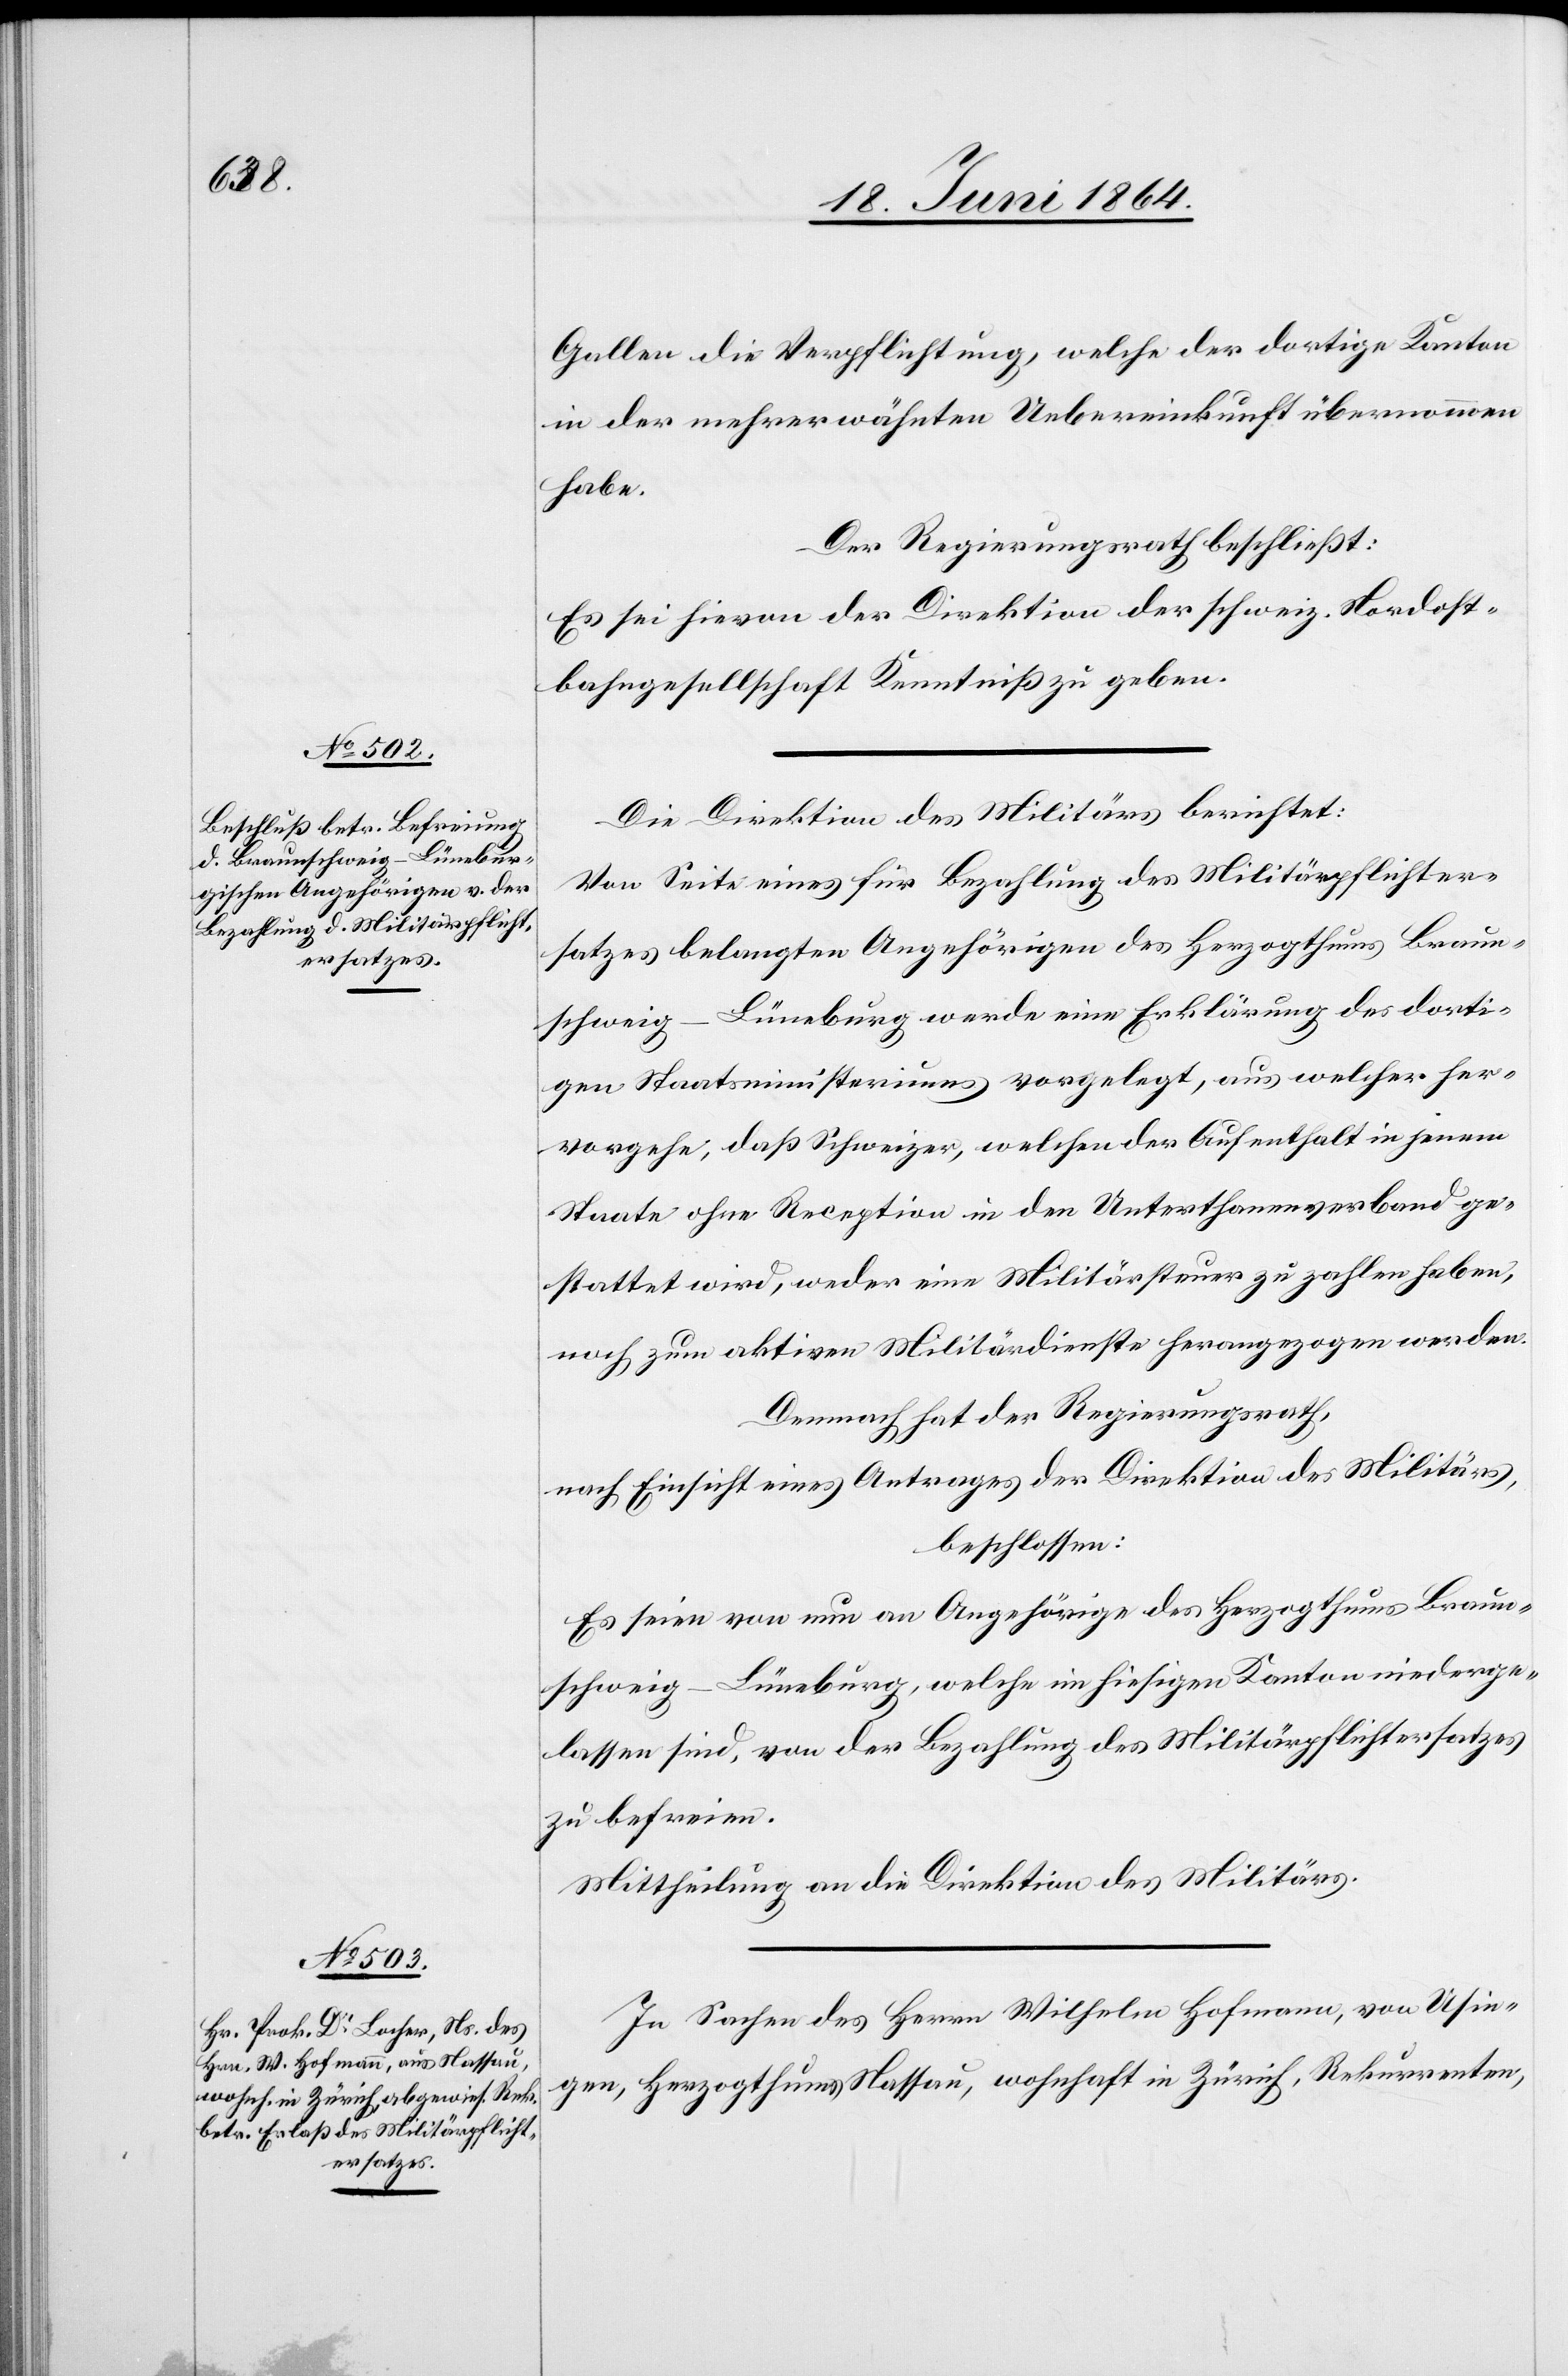
Gallen die Verpflichtung, welche der dortige Kanton
in der mehrerwähnten Uebereinkunft übernommen
habe.
Der Regierungsrath beschließt:
Es sei hievon der Direktion der schweiz. Nordost¬
bahngesellschaft Kenntniß zu geben.
Die Direktion des Militärs berichtet:
Von Seite eines für Bezahlung des Militärpflichter¬
satzes belangten Angehörigen des Herzogthums Braun¬
schweig–Lüneburg werde eine Erklärung des dorti¬
gen Staatsministeriums vorgelegt, aus welcher her¬
vorgehe, daß Schweizer, welchen der Aufenthalt in jenem
Staate ohne Reception in den Unterthanenverband ge¬
stattet wird, weder eine Militärsteuer zu zahlen haben,
noch zum aktiven Militärdienste herangezogen werden.
Demnach hat der Regierungsrath,
nach Einsicht eines Antrages der Direktion des Militärs,
beschlossen:
Es seien von nun an Angehörige des Herzogthums Braun¬
schweig–Lüneburg, welche im hiesigen Kanton niederge¬
lassen sind, von der Bezahlung des Militärpflichtersatzes
zu befreien.
Mittheilung an die Direktion des Militärs.
In Sachen des Herrn Wilhelm Hofmann, von Usin¬
gen, Herzogthum Nassau, wohnhaft in Zürich, Rekurrenten,